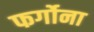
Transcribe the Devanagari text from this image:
फर्गोना